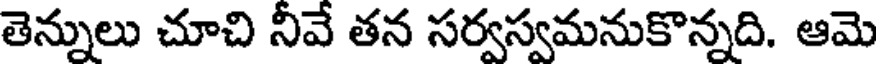
తెన్నులు చూచి నీవే తన సర్వస్వమనుకొన్నది. ఆమె